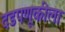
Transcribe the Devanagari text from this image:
दडपणूकीला